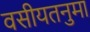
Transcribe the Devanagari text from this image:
वसीयतनुमा